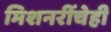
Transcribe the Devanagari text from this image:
मिशनरींचेही